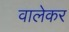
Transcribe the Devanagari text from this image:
वालेकर